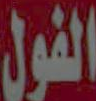
الفول